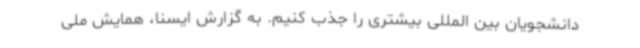
دانشجویان بین المللی بیشتری را جذب کنیم. به گزارش ایسنا، همایش ملی